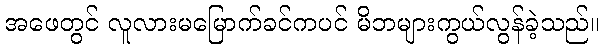
အဖေတွင် လူလားမမြောက်ခင်ကပင် မိဘများကွယ်လွန်ခဲ့သည်။